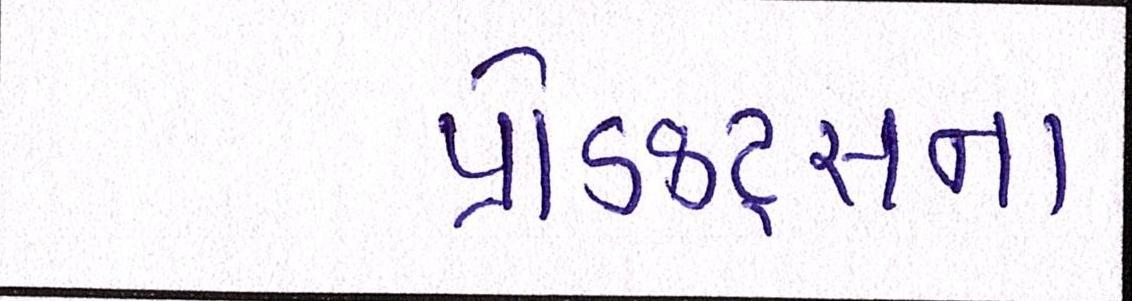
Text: પ્રોડક્ટ્સના